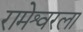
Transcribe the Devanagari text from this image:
रामेश्वरला